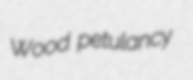
Wood petulancy